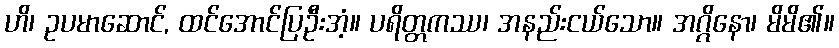
ဟိ၊ ဥပမာဆောင်, ထင်အောင်ပြဦးအံ့။ ပရိတ္တကဿ၊ အနည်းငယ်သော။ အဂ္ဂိနော၊ မိမိ၏။